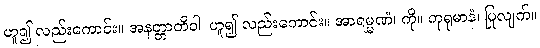
ဟူ၍ လည်းကောင်း။ အနတ္တာတိဝါ၊ ဟူ၍ လည်းကောင်း။ အာရမ္မဏံ၊ ကို။ ကုရုမာနံ၊ ပြုလျက်။